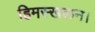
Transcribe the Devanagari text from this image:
हिमस्खलन।